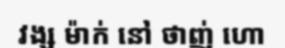
វង្ស ម៉ាក់ នៅ ថាញ់ ហោ